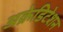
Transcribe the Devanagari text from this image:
अक्रेडिटेशन